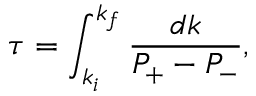
\tau = \int _ { k _ { i } } ^ { k _ { f } } \frac { d k } { P _ { + } - P _ { - } } ,